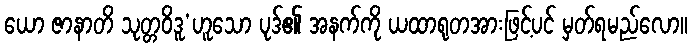
ယော ဇာနာတိ သုတ္တဝိဒူ’ဟူသော ပုဒ်၏ အနက်ကို ယထာရုတအားဖြင့်ပင် မှတ်ရမည်လော။